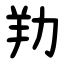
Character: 劷